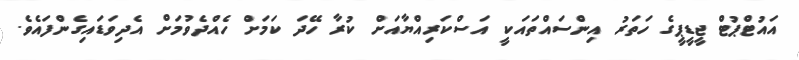
އައުޓްޕުޓް ޖީޑީޕީގެ ހަތަރު އިންސައްތައަކީ އަސްކަރިއްޔާއަށް ކުރާ ހޭދަ ކަމަށް ހެއްދެވުމަށް އެދިވަޑައިގެންފައެވެ.